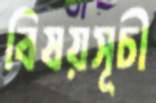
বিষয়সূচী